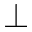
^ \bot